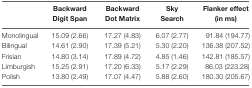
|  | Backward Digit Span | Backward Dot Matrix | Sky Search | Flanker effect (in ms) |
 | --- | --- | --- | --- | --- |
 | Monolingual | 15.09 (2.66) | 17.27 (4.83) | 6.07 (2.77) | 91.84 (194.77) |
 | Bilingual | 14.61 (2.90) | 17.39 (5.21) | 5.30 (2.20) | 136.38 (207.52) |
 | Frisian | 14.80 (3.14) | 17.89 (4.72) | 4.85 (1.46) | 142.81 (185.57) |
 | Limburgish | 15.25 (2.91) | 17.20 (6.33) | 5.17 (2.29) | 86.03 (223.28) |
 | Polish | 13.80 (2.49) | 17.07 (4.47) | 5.88 (2.60) | 180.30 (205.67) |